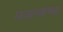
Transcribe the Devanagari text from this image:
मजल्यांच्या